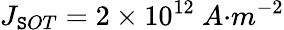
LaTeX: J_{{\mathtt{S}OT}}=2\times{10}^{12}\ {A}{{·}}{{m}}^{{-2}}